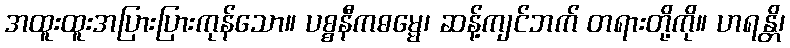
အထူးထူးအပြားပြားကုန်သော။ ပစ္စနီကဓမ္မေ၊ ဆန့်ကျင်ဘက် တရားတို့ကို။ ဟရန္တိ၊